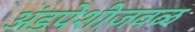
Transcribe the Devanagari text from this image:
अंडपेशीजवळ